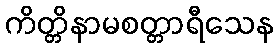
ကိတ္တိနာမစတ္တာရီသေန